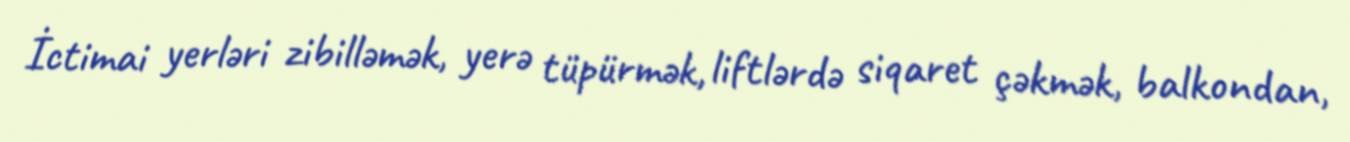
İctimai yerləri zibilləmək, yerə tüpürmək, liftlərdə siqaret çəkmək, balkondan,